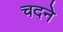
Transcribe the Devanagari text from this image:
चदने